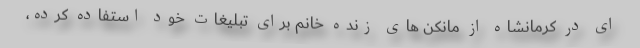
ای در کرمانشاه از مانکن های زنده خانم برای تبلیغات خود استفاده کرده،